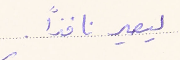
ليصير نافذاً